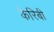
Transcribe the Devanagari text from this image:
कैरिबी